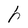
Character: h